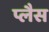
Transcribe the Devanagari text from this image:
प्लैस